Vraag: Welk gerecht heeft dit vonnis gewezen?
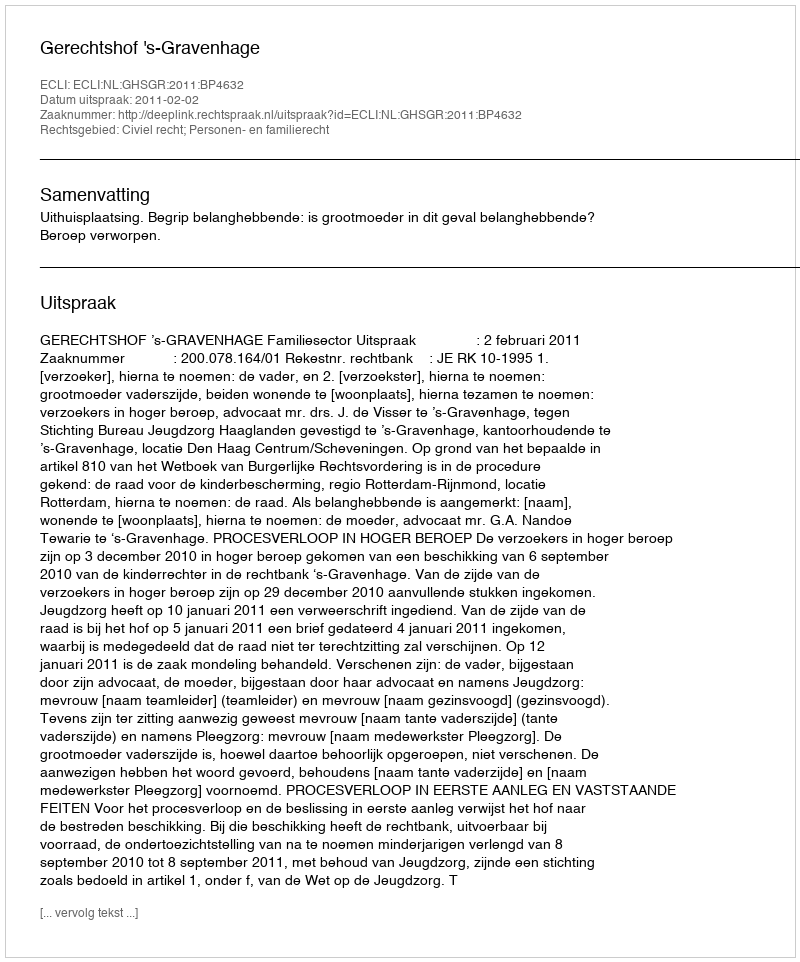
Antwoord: Gerechtshof 's-Gravenhage